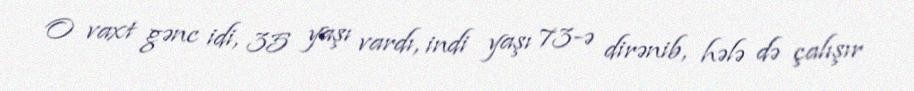
O vaxt gənc idi, 35 yaşı vardı, indi yaşı 73-ə dirənib, hələ də çalışır